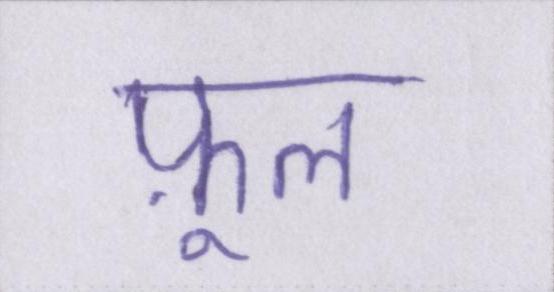
फ़ूल